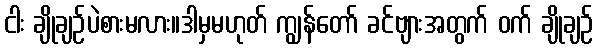
ငါး ချိုချဉ်ပဲစားမလား။ဒါမှမဟုတ် ကျွန်တော် ခင်ဗျားအတွက် ဝက် ချိုချဉ်